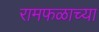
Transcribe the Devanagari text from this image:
रामफळाच्या